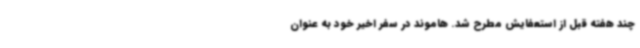
چند هفته قبل از استعفایش مطرح شد. هاموند در سفر اخیر خود به عنوان